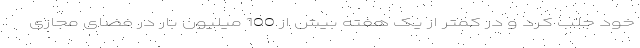
خود جلب کرد و در کمتر از یک هفته بیش از 100 میلیون بار در فضای مجازی